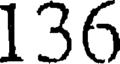
136